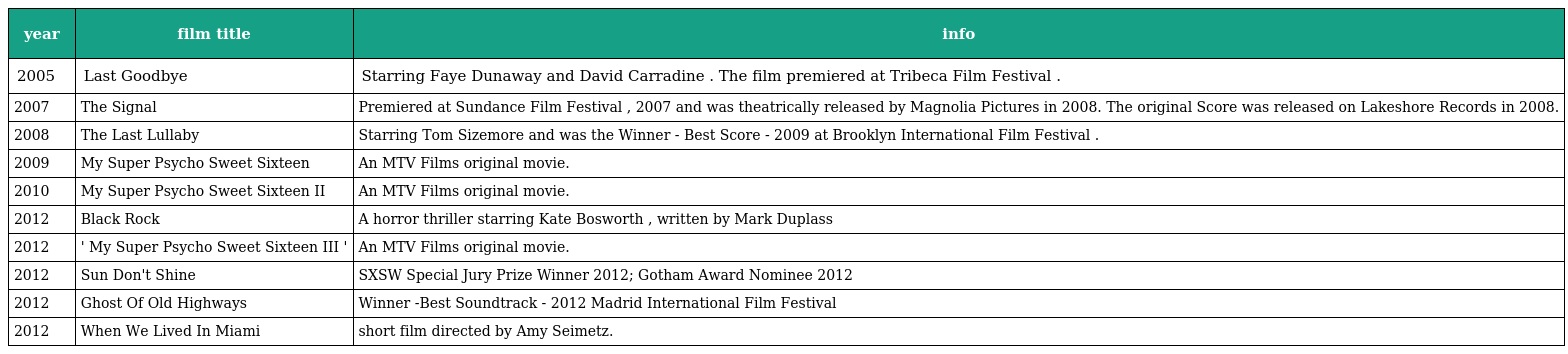
| year | film title | info |
 | --- | --- | --- |
 | 2005 | Last Goodbye | Starring Faye Dunaway and David Carradine . The film premiered at Tribeca Film Festival . |
 | 2007 | The Signal | Premiered at Sundance Film Festival , 2007 and was theatrically released by Magnolia Pictures in 2008. The original Score was released on Lakeshore Records in 2008. |
 | 2008 | The Last Lullaby | Starring Tom Sizemore and was the Winner ‐ Best Score ‐ 2009 at Brooklyn International Film Festival . |
 | 2009 | My Super Psycho Sweet Sixteen | An MTV Films original movie. |
 | 2010 | My Super Psycho Sweet Sixteen II | An MTV Films original movie. |
 | 2012 | Black Rock | A horror thriller starring Kate Bosworth , written by Mark Duplass |
 | 2012 | ' My Super Psycho Sweet Sixteen III ' | An MTV Films original movie. |
 | 2012 | Sun Don't Shine | SXSW Special Jury Prize Winner 2012; Gotham Award Nominee 2012 |
 | 2012 | Ghost Of Old Highways | Winner -Best Soundtrack - 2012 Madrid International Film Festival |
 | 2012 | When We Lived In Miami | short film directed by Amy Seimetz. |